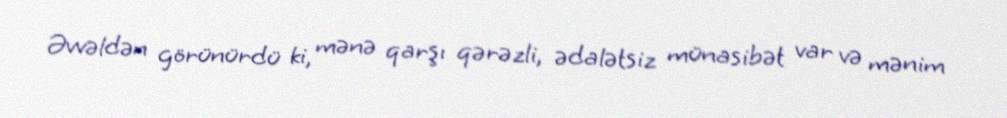
Əvvəldən görünürdü ki, mənə qarşı qərəzli, ədalətsiz münasibət var və mənim